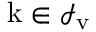
{ \mathrm { k } } \in \mathcal I _ { \mathrm { v } }